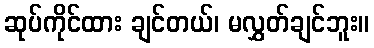
ဆုပ်ကိုင်ထား ချင်တယ်၊ မလွှတ်ချင်ဘူး။